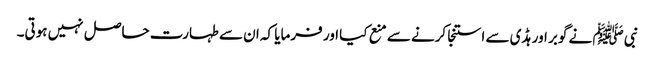
نبی ﷺ نے گوبر اور ہڈی سے استنجا کرنے سے منع کیا اور فرمایا کہ ان سے طہارت حاصل نہیں ہوتی۔